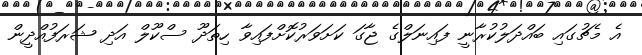
އެ މެޗުގައި ބައްދަލުކުރާނީ ފައިނަލްގެ ޖާގަ ކަށަވަރުކޮށްފައިވާ ހިތަދޫ ސްކޫލް އަދި ޝަރަފުއްދީން